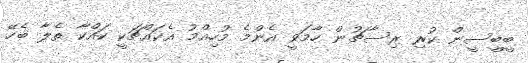
ބީބީސީން ކުރި ރިސާޗުން ހާމަވީ އެންމެ މުހިއްމު އެކައްޗަކީ ކައްކާ ތެލާ ބެހޭ